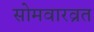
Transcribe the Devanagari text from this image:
सोमवारव्रत